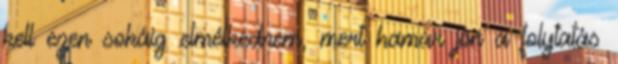
kell ezen sokáig elmélkednem, mert hamar jön a folytatás